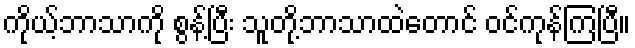
ကိုယ့်ဘာသာကို စွန့်ပြီး သူတို့ဘာသာထဲတောင် ဝင်ကုန်ကြပြီ။